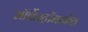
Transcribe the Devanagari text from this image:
ऑर्केस्ट्रॉमार्फत